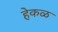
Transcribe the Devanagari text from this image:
हेकळ